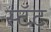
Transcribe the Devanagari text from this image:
स्टॅट